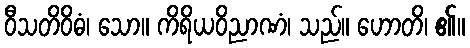
ဝီသတိဝိဓံ၊ သော။ ကိရိယဝိညာဏံ၊ သည်။ ဟောတိ၊ ၏။